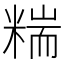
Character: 𥻁